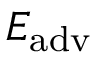
{ \cal E } _ { \mathrm { a d v } }